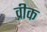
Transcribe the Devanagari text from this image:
व्रीक